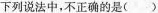
下列说法中，不正确的是（）